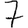
Digit: 7